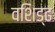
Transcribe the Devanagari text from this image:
वशिड्ढ